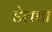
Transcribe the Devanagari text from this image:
डेलचा